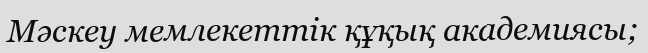
Мәскеу мемлекеттік құқық академиясы;